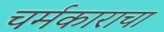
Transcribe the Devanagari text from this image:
चर्मकाराचा